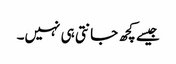
جیسے کچھ جانتی ہی نہیں۔